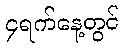
၄ရက်နေ့တွင်